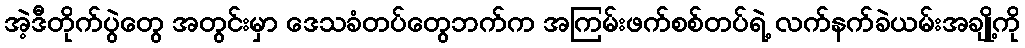
အဲ့ဒီတိုက်ပွဲတွေ အတွင်းမှာ ဒေသခံတပ်တွေဘက်က အကြမ်းဖက်စစ်တပ်ရဲ့ လက်နက်ခဲယမ်းအချို့ကို